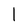
Character: l